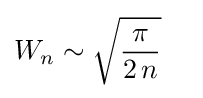
W_{n}\sim {\sqrt {\frac {\pi }{2\,n}}}\quad